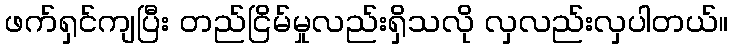
ဖက်ရှင်ကျပြီး တည်ငြိမ်မှုလည်းရှိသလို လှလည်းလှပါတယ်။